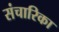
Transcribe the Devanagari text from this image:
संचारिका